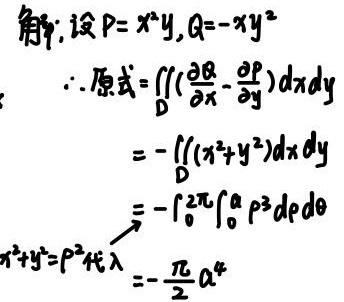
解：设 \(P = x^{2}y, Q=-xy^{2}\)
\(\therefore\) 原式 \(=\iint_{D}(\frac{\partial Q}{\partial x}-\frac{\partial P}{\partial y})dxdy\)
\(=-\iint_{D}(x^{2}+y^{2})dxdy\)
\(=-\int_{0}^{2\pi}\int_{0}^{a}\rho^{3}d\rho d\theta\)
\(x^{2}+y^{2}=\rho^{2}\text{代入}\)
\(=-\frac{\pi}{2}a^{4}\)